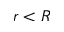
r < R